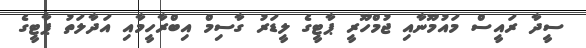
ސީދާ ރައީސް މައުމޫނާއި ޖުމްހޫރީ ޕާޓީގެ ލީޑަރު ގާސިމް އިބްރާހީމާއި އަދާލަތު ޕާޓީގެ